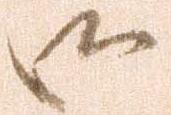
御